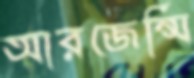
আরজেন্সি